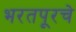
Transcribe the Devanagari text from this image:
भरतपूरचे